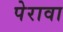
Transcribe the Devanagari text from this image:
पेरावा